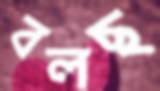
বলছ